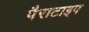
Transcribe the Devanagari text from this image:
पैराटाइप